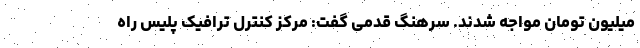
میلیون تومان مواجه شدند. سرهنگ قدمی گفت: مرکز کنترل ترافیک پلیس راه